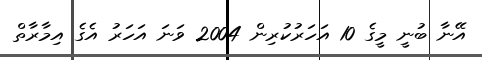
އޭނާ ބުނީ މީގެ 10 އަހަރުކުރިން 2004 ވަނަ އަހަރު އެގެ އިމާރާތް